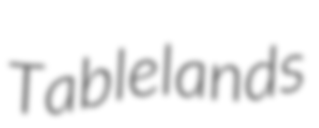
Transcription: Tablelands